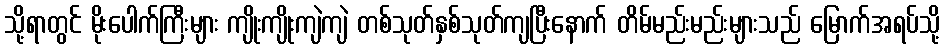
သို့ရာတွင် မိုးပေါက်ကြီးများ ကျိုးကျိုးကျဲကျဲ တစ်သုတ်နှစ်သုတ်ကျပြီးနောက် တိမ်မည်းမည်းများသည် မြောက်အရပ်သို့